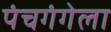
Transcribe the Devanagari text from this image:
पंचगंगेला